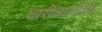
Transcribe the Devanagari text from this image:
चारीत्र्यातील